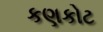
કણકોટ